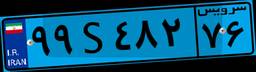
۵۶S۵۸۹۵۳